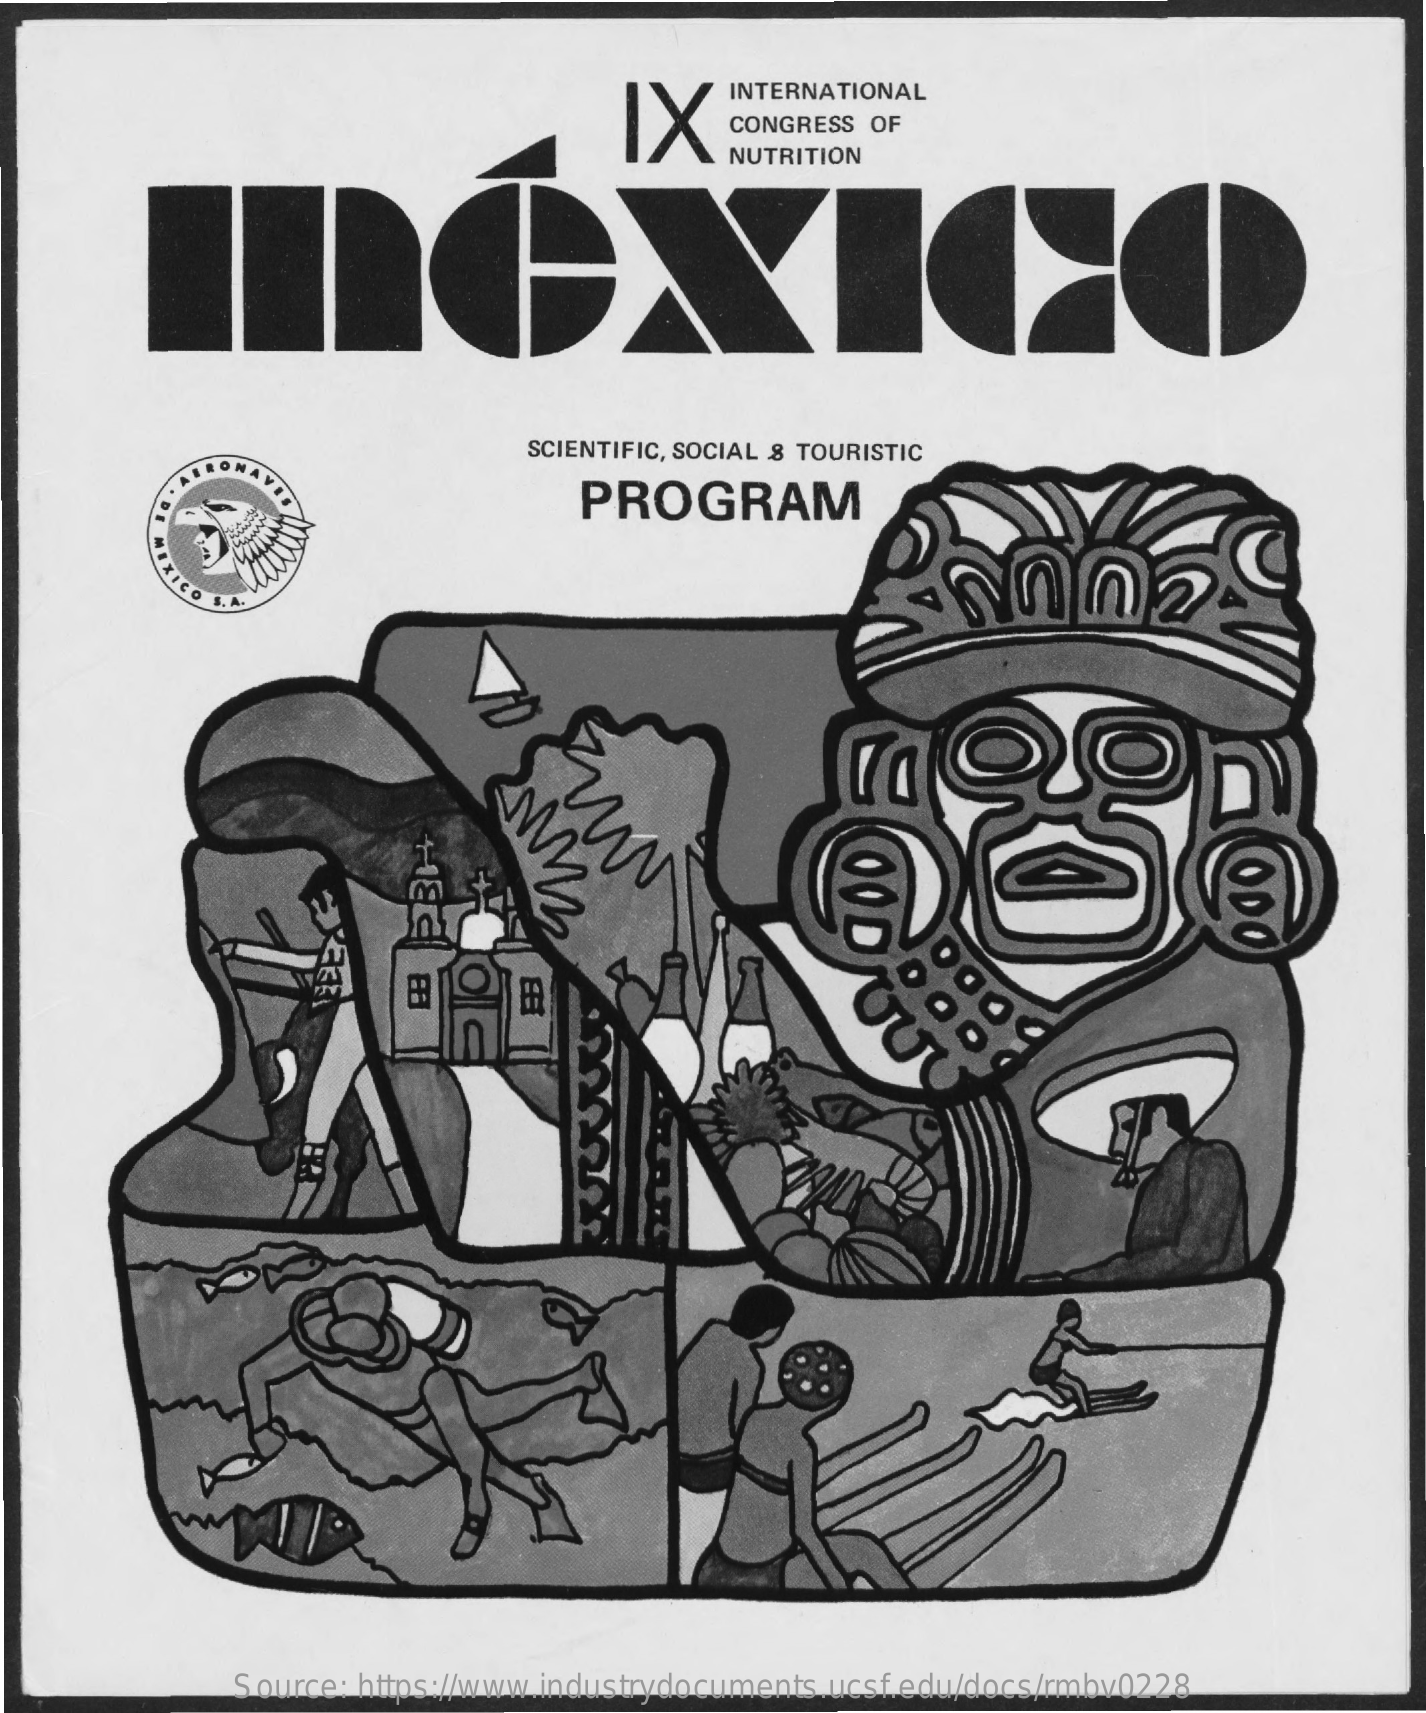
INTERNATIONAL
     NUTRITION
     SCIENTIFIC, SOCIAL 8 TOURISTIC
     PROGRAM
     02
     HEE
     Source: https://www.industrydocuments.ucsf.edu/docs/rmbv0228